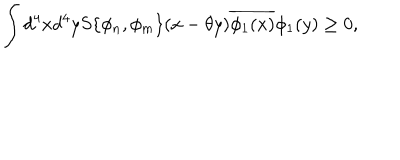
\int d ^ { 4 } x d ^ { 4 } y S \{ \phi _ { n } , \phi _ { m } \} ( x - \theta y ) \overline { { { \phi _ { 1 } ( x ) } } } \phi _ { 1 } ( y ) \geq 0 ,